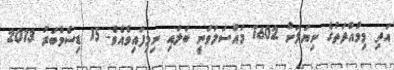
އަދި މިމުއްދަތުގެ ނިޔަލަށް 1602 މައްސަލަވަނީ ބަލައި ނިމިފައިވެއެވެ. 15 ޑިސެމްބަރު 2013